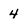
Character: 4